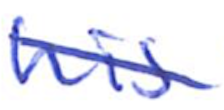
Text: his
Cross-out: diagonal
Writing tool: ballpoint